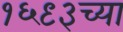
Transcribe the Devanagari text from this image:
१६९३च्या